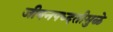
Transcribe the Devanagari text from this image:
जीवनपध्दतीमुळे